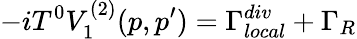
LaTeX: -iT^{0}V_{1}^{(2)}(p,p^{\prime})=\Gamma_{local}^{div}+\Gamma_{R}